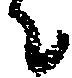
ニ